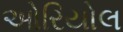
ઓરિયોલ